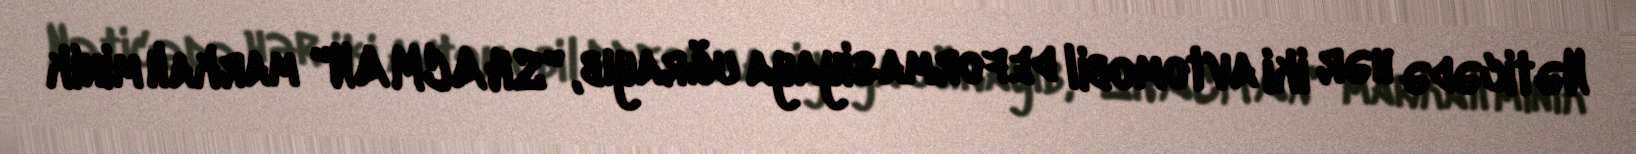
Nəticədə hər iki avtomobil deformasiyaya uğrayıb, "SHACMAN" markalı minik